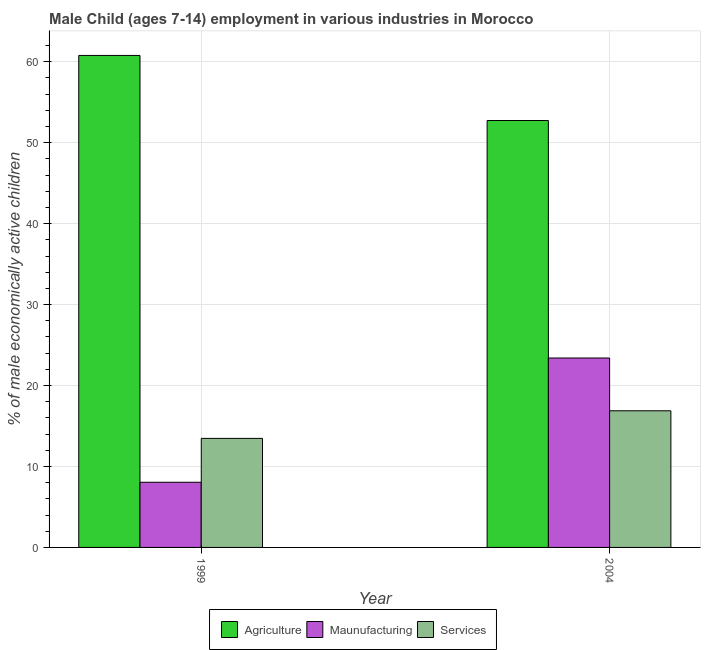
| Year | Agriculture | Maunufacturing | Services |
 | --- | --- | --- | --- |
 | 1999 | 60.8 | 8.05 | 13.5 |
 | 2004 | 52.7 | 23.4 | 16.9 |